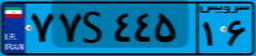
۷۷S۴۴۵۱۶